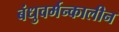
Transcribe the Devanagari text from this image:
बंधुवर्मन्कालीन